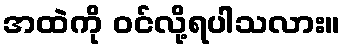
အထဲကို ဝင်လို့ရပါသလား။